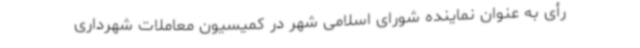
رأی به عنوان نماینده شورای اسلامی شهر در کمیسیون معاملات شهرداری